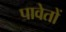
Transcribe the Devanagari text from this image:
पावेतों